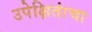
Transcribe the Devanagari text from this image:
उपेक्षितांचा